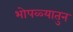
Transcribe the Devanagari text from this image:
भोपळ्यातुन